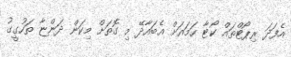
އެފަދަ ރިޕޯޓްތައް ކޯޓާ ހަމައަށް އެބައާދޭ މި ގޮތަށް މިކަން ދަންޏާ ތަހުގީގު